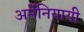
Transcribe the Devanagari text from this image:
अर्मेनियायी